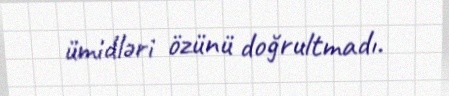
ümidləri özünü doğrultmadı.